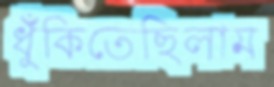
ধুঁকিতেছিলাম